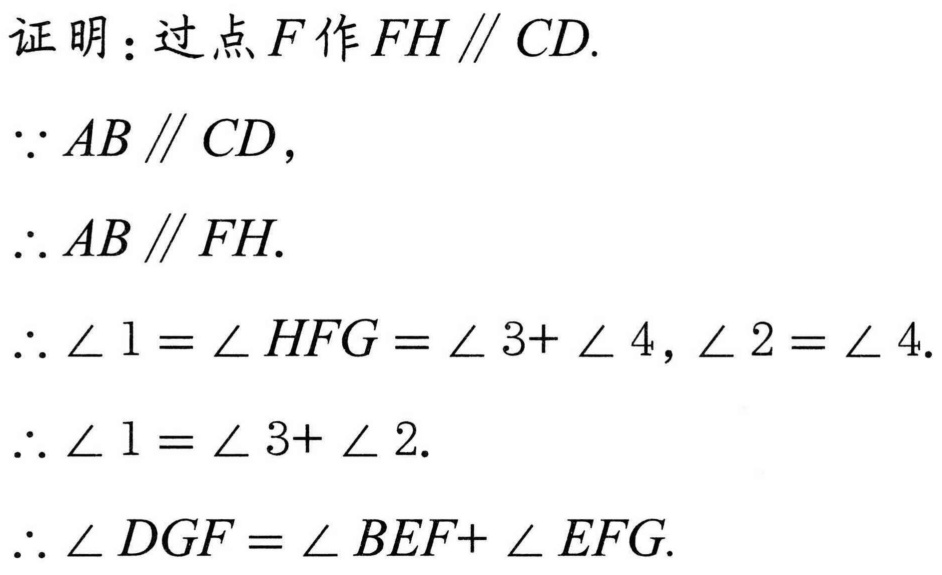
证明：过点\(F\)作\(FH\parallel CD\).
\(\because AB\parallel CD\)，
\(\therefore AB\parallel FH\).
\(\therefore \angle 1=\angle HFG=\angle 3 + \angle 4,\angle 2=\angle 4\).
\(\therefore \angle 1=\angle 3+\angle 2\).
\(\therefore \angle DGF=\angle BEF+\angle EFG\).